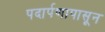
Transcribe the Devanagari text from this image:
पदार्पणापासून